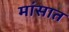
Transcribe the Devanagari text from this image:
मांसात